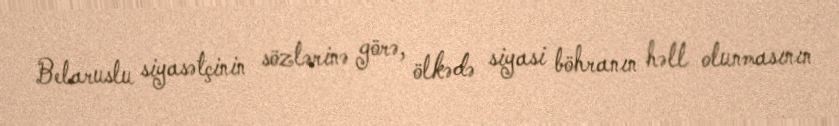
Belaruslu siyasətçinin sözlərinə görə, ölkədə siyasi böhranın həll olunmasının